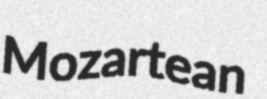
Mozartean